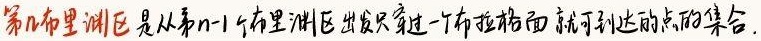
第\(n\)布里渊区是从第\(n - 1\)布里渊区出发只穿过一个布拉格面就可到达的点的集合。